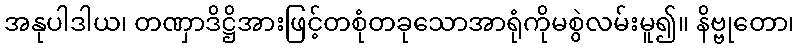
အနုပါဒါယ၊ တဏှာဒိဋ္ဌိအားဖြင့်တစုံတခုသောအာရုံကိုမစွဲလမ်းမူ၍။ နိဗ္ဗုတော၊